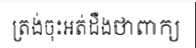
ត្រង់ចុះអត់ដឺងថាពាក្យ